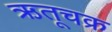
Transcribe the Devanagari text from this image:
ऋतूचक्र